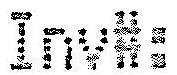
INV#: